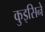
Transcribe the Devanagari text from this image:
कुइसिने